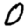
Digit: 0